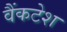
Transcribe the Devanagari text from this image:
वैंकटेश